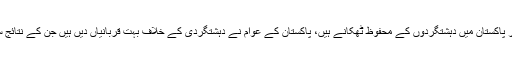
امریکی صدر نے الزام لگایا تھا کہ پاکستان دہشت گردوں کو پناہ فراہم کرتارہاہے اور پاکستان میں دہشتگردوں کے محفوظ ٹھکانے ہیں، پاکستان کے عوام نے دہشتگردی کے خلاف بہت قربانیاں دیں ہیں جن کے نتائج سامنے آنا چاہئیں، پاکستان میں دہشت گردوں کی پناہ گاہوں پرخاموش نہیں رہیں گے۔